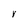
Character: r